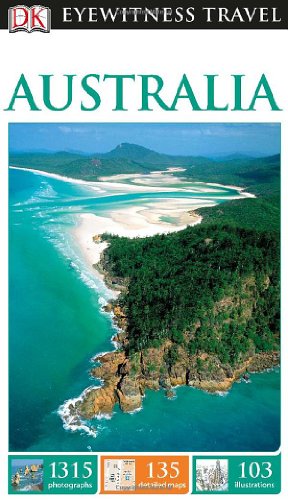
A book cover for DK Eyewitness Travel Guide: Australia; DK Publishing; History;